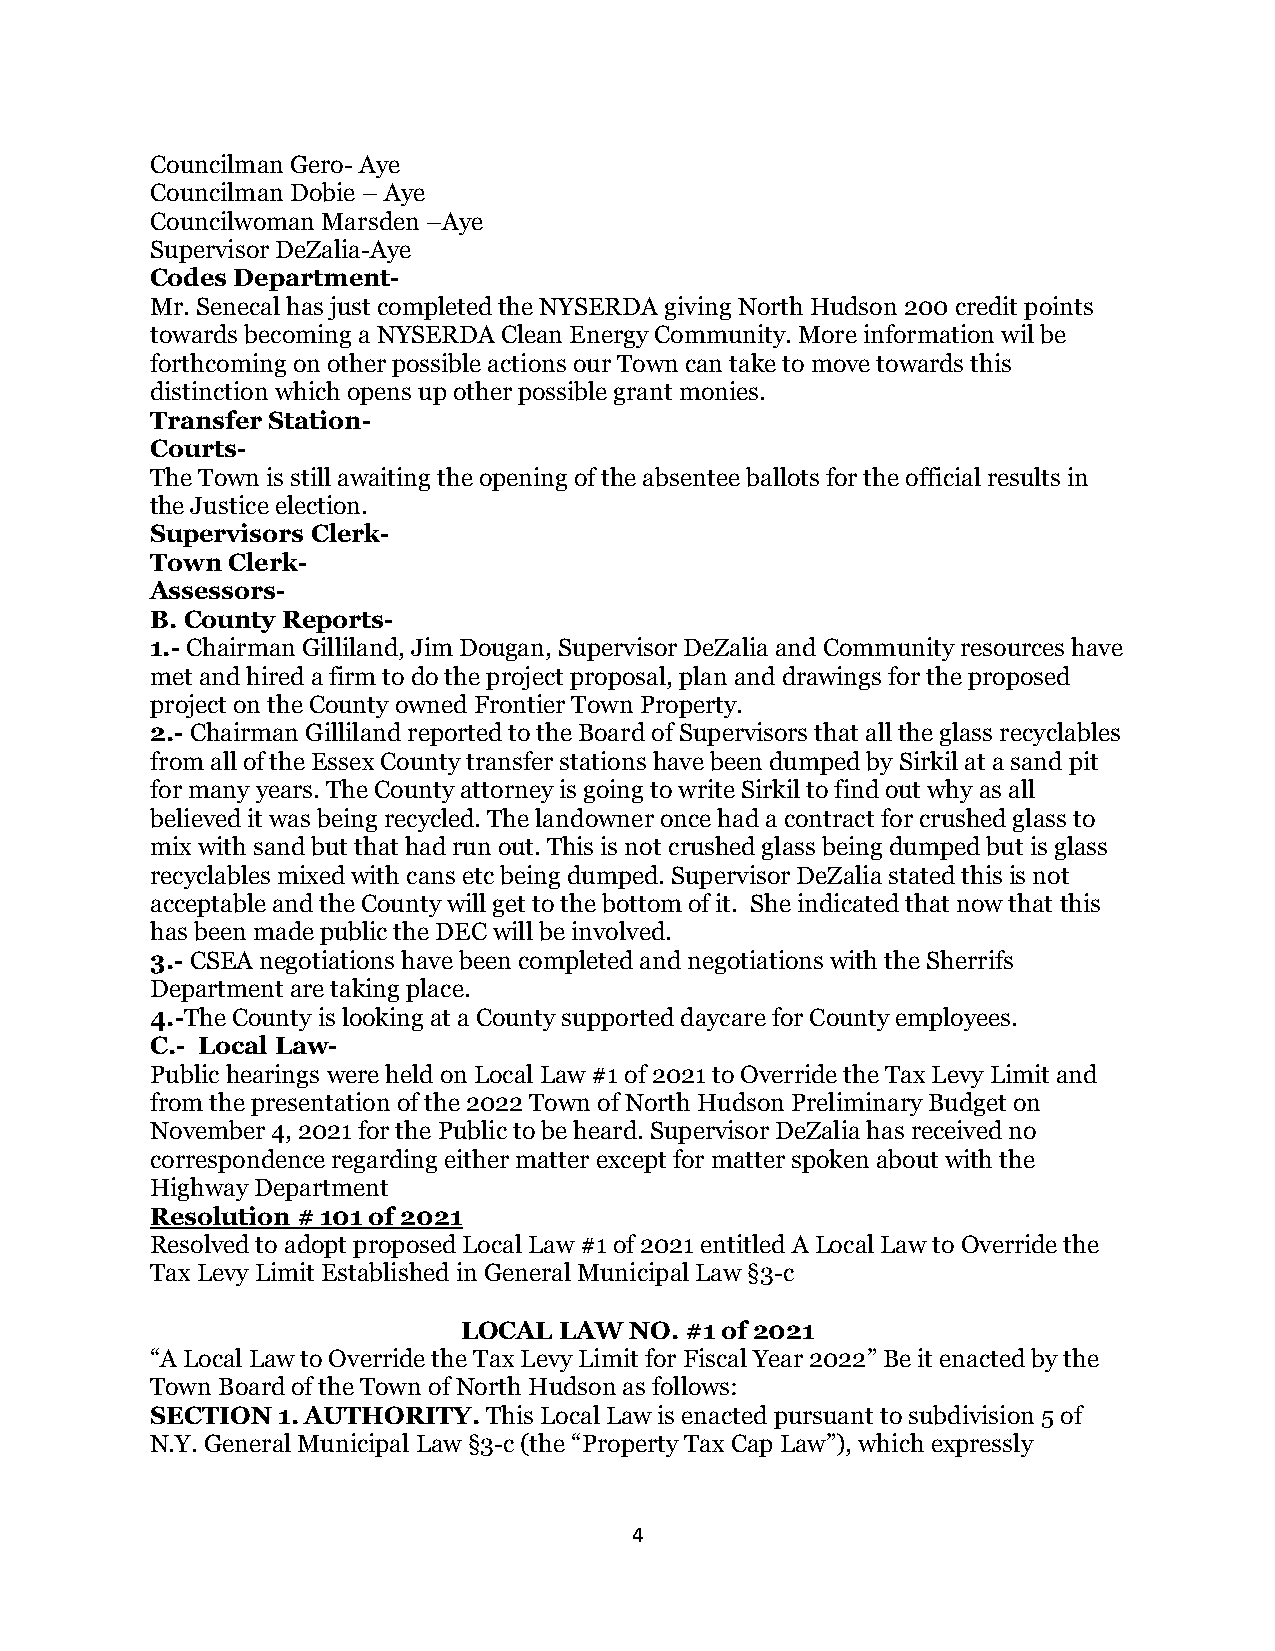
Councilman Gero- Aye
 Councilman Dobie – Aye
 Councilwoman Marsden –Aye
 Supervisor DeZalia-Aye
 Codes Department-
 Mr. Senecal has just completed the NYSERDA giving North Hudson 200 credit points
 towards becoming a NYSERDA Clean Energy Community. More information wil be
 forthcoming on other possible actions our Town can take to move towards this
 distinction which opens up other possible grant monies.
 Transfer Station-
 Courts-
 The Town is still awaiting the opening of the absentee ballots for the official results in
 the Justice election.
 Supervisors Clerk-
 Town Clerk-
 Assessors-
 B. County Reports-
 1.- Chairman Gilliland, Jim Dougan, Supervisor DeZalia and Community resources have
 met and hired a firm to do the project proposal, plan and drawings for the proposed
 project on the County owned Frontier Town Property.
 2.- Chairman Gilliland reported to the Board of Supervisors that all the glass recyclables
 from all of the Essex County transfer stations have been dumped by Sirkil at a sand pit
 for many years. The County attorney is going to write Sirkil to find out why as all
 believed it was being recycled. The landowner once had a contract for crushed glass to
 mix with sand but that had run out. This is not crushed glass being dumped but is glass
 recyclables mixed with cans etc being dumped. Supervisor DeZalia stated this is not
 acceptable and the County will get to the bottom of it. She indicated that now that this
 has been made public the DEC will be involved.
 3.- CSEA negotiations have been completed and negotiations with the Sherrifs
 Department are taking place.
 4.-The County is looking at a County supported daycare for County employees.
 C.- Local Law-
 Public hearings were held on Local Law #1 of 2021 to Override the Tax Levy Limit and
 from the presentation of the 2022 Town of North Hudson Preliminary Budget on
 November 4, 2021 for the Public to be heard. Supervisor DeZalia has received no
 correspondence regarding either matter except for matter spoken about with the
 Highway Department
 Resolution # 101 of 2021
 Resolved to adopt proposed Local Law #1 of 2021 entitled A Local Law to Override the
 Tax Levy Limit Established in General Municipal Law §3-c
 LOCAL  LAW  NO. #1 of 2021
 “A Local Law to Override the Tax Levy Limit for Fiscal Year 2022” Be it enacted by the
 Town Board of the Town of North Hudson as follows:
 SECTION 1. AUTHORITY. This Local Law is enacted pursuant to subdivision 5 of
 N.Y. General Municipal Law §3-c (the “Property Tax Cap Law”), which expressly
 4